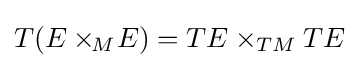
T(E\times _{\!M}\!E)=TE\times _{TM}TE